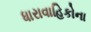
ધારાવાહિકોના